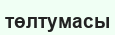
төлтумасы